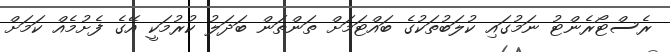
ރެސްޓޯރެންޓު ނަމުގައި ކުލަބުތަކުގެ ބައްޓަމަށް ތަންތަން ބަދަލު ކުރުމަކީ އޭގެ ފެށުމެއް ކަމަށް